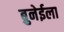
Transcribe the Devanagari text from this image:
ब्रुनेईला